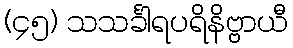
(၄၅) သသင်္ခါရပရိနိဗ္ဗာယီ